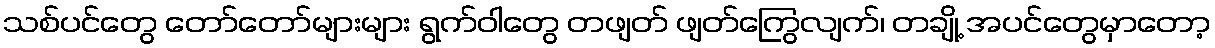
သစ်ပင်တွေ တော်တော်များများ ရွက်ဝါတွေ တဖျတ် ဖျတ်ကြွေလျက်၊ တချို့ အပင်တွေမှာတော့